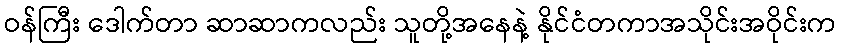
ဝန်ကြီး ဒေါက်တာ ဆာဆာကလည်း သူတို့အနေနဲ့ နိုင်ငံတကာအသိုင်းအဝိုင်းက